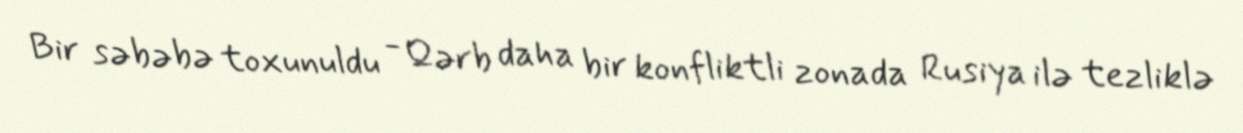
Bir səbəbə toxunuldu - Qərb daha bir konfliktli zonada Rusiya ilə tezliklə